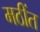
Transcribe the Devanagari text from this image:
मठींत